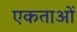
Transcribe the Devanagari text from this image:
एकताओं